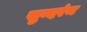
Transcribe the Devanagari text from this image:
सुन्दरंम